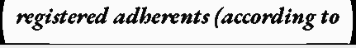
registered adherents (according to